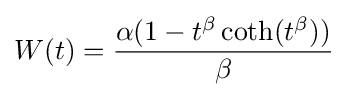
W(t)={\frac {\alpha (1-t^{\beta }\operatorname {coth} (t^{\beta }))}{\beta }}